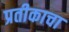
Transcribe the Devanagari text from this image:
प्रतीकाचा